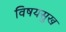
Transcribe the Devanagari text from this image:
विषयसुख